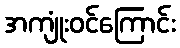
အကျုံးဝင်ကြောင်း